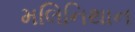
મલિનિથાન